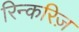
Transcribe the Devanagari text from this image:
रिन्करिज़